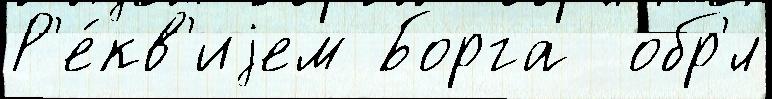
Р'е́кв'иjем Борга  обр'́л